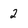
Character: 2